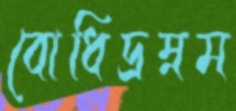
বোধিদ্রম্নম